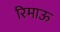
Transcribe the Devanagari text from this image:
रिमाऊ